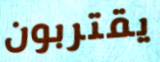
يقتربون